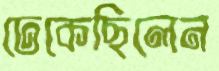
ঢেকেছিলেন